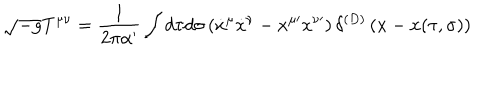
LaTeX: \sqrt { - g } T ^ { \mu \nu } = \frac { 1 } { 2 \pi \alpha ^ { \prime } } \int d \tau d \sigma \left( { \dot { x } } ^ { \mu } { \dot { x } } ^ { \nu } - x ^ { \mu \prime } x ^ { \nu \prime } \right) \delta ^ { ( D ) } \left( x - x ( \tau , \sigma ) \right)